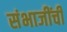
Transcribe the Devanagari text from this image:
संभाजींची